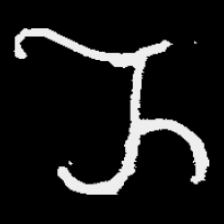
Pyu character \u2014 Myanmar letter: ည (romanized: nya)